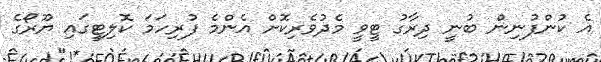
އެ ކުންފުނިން ބުނީ ދިރާގު ޓީވީ މެދުވެރިކޮށް އެންމެ ފުރިހަމަ ކޮލިޓީގައި ޔޫރޯގެ